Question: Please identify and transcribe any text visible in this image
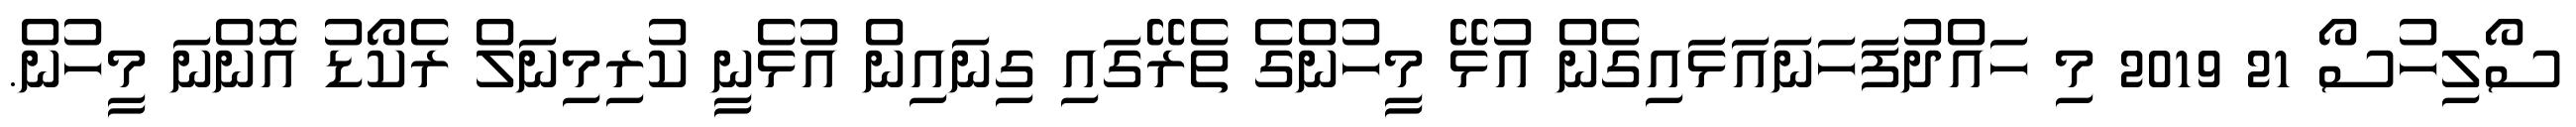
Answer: ސޯލިހުސޯ 21 2019 މި ހައްދުފަހަނައަޅައިގެން އުޅޭ މީހުންގެ ތެރޭގައި ގިނައިން އުޅެނީ ކުރިމިނަލް ރެކޯޑު އޮންނަ މީހުން.